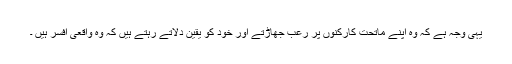
یہی وجہ ہے کہ وہ اپنے ماتحت کارکنوں پر رُعب جھاڑتے اور خود کو یقین دلاتے رہتے ہیں کہ وہ واقعی افسر ہیں ۔